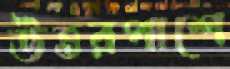
উত্তরপাশে